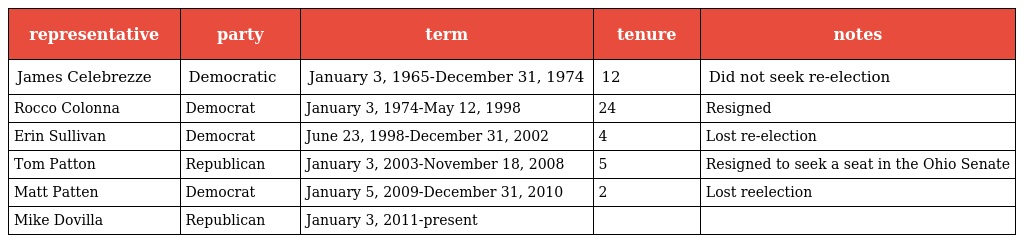
| representative | party | term | tenure | notes |
 | --- | --- | --- | --- | --- |
 | James Celebrezze | Democratic | January 3, 1965-December 31, 1974 | 12 | Did not seek re-election |
 | Rocco Colonna | Democrat | January 3, 1974-May 12, 1998 | 24 | Resigned |
 | Erin Sullivan | Democrat | June 23, 1998-December 31, 2002 | 4 | Lost re-election |
 | Tom Patton | Republican | January 3, 2003-November 18, 2008 | 5 | Resigned to seek a seat in the Ohio Senate |
 | Matt Patten | Democrat | January 5, 2009-December 31, 2010 | 2 | Lost reelection |
 | Mike Dovilla | Republican | January 3, 2011-present |  |  |